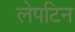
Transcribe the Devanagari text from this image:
लेपटिन